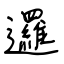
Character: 邏